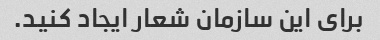
برای این سازمان شعار ایجاد کنید.